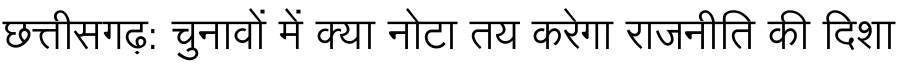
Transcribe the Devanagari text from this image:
छत्तीसगढ़: चुनावों में क्या नोटा तय करेगा राजनीति की दिशा